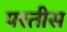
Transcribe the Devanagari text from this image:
परतीस